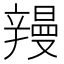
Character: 𮝽